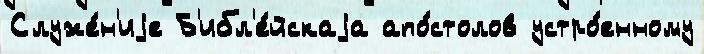
Служе́н'иjе Б'ибл'е́йскаjа апо́столов устро́енному